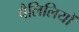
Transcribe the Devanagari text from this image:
पैलिलियों